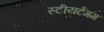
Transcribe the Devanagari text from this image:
स्टीयर्टेगम